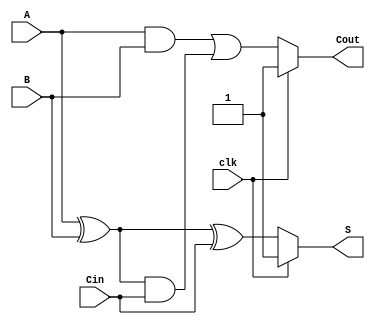
module dynamic_full_adder (
    input wire A,      // First binary input
    input wire B,      // Second binary input
    input wire Cin,    // Carry-in input
    input wire clk,    // Clock signal
    output wire S,     // Sum output
    output wire Cout   // Carry-out output
);

    // Internal wires for dynamic logic
    wire A_xor_B;
    wire A_and_B;
    wire A_xor_B_and_Cin;
    wire precharge_S;
    wire precharge_Cout;

    // Precharge phase
    assign precharge_S = clk ? 1'b1 : 1'b0; // Precharge S when clk is high
    assign precharge_Cout = clk ? 1'b1 : 1'b0; // Precharge Cout when clk is high

    // Evaluation phase
    assign A_xor_B = A ^ B; // A XOR B
    assign A_and_B = A & B; // A AND B
    assign A_xor_B_and_Cin = A_xor_B & Cin; // (A XOR B) AND Cin

    // Sum output (S)
    assign S = clk ? precharge_S : (A_xor_B ^ Cin); // Evaluate S during evaluation phase

    // Carry-out output (Cout)
    assign Cout = clk ? precharge_Cout : (A_and_B | A_xor_B_and_Cin); // Evaluate Cout during evaluation phase

endmodule